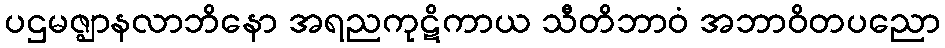
ပဌမဇ္ဈာနလာဘိနော အရညကုဋိကာယ သီတိဘာဝံ အဘာဝိတပညော